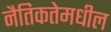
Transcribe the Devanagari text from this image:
नैतिकतेमधील